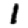
Digit: 1